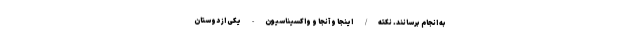
به انجام برسانند. نکته/ اینجا و آنجا و واکسیناسیون - یکی از دوستان